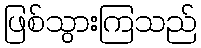
ဖြစ်သွားကြသည်